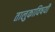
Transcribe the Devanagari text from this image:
तालुकाविषयी